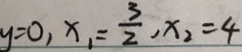
y = 0 , x _ { 1 } = \frac { 3 } { 2 } , x _ { 2 } = 4